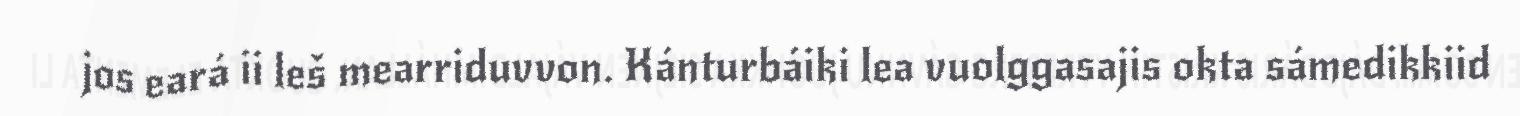
jos eará ii leš mearriduvvon. Kánturbáiki lea vuolggasajis okta sámedikkiid